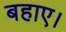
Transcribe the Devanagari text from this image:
बहाए।